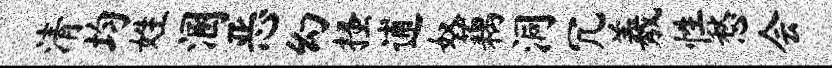
清均姓溷恶幻搔逋奴藕洞冗羲性愁会